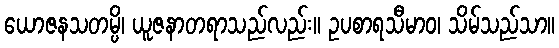
ယောဇနသတမ္ပိ၊ ယူဇနာတရာသည်လည်း။ ဥပစာရသီမာဝ၊ သိမ်သည်သာ။